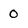
Character: 0